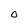
Character: O